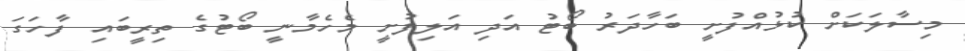
މިސާލަކަށް ކުޅުއްފުށީ ބަހާދަރު ބޯޓު އަދި އަލިފުށީ މެހެމާނީ ބޯޓުގެ ތިރީބައި ފާހަގަ